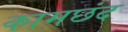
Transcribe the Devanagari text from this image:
कामछंद